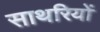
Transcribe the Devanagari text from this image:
साथरियों